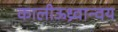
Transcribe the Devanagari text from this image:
कालीऊध्र्वान्वय